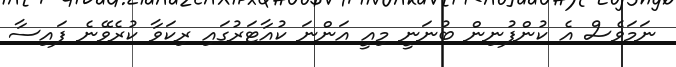
ނަމަވެސް އެ ކުންފުނިން ބުނަނީ މިއީ އަންނަ ކުއާޓަރުގައި ރިކަވާ ކުރެވޭނެ ފައިސާ